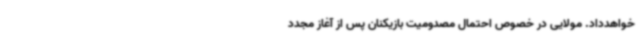
خواهدداد. مولایی در خصوص احتمال مصدومیت بازیکنان پس از آغاز مجدد